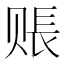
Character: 𧹔